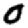
Digit: 0